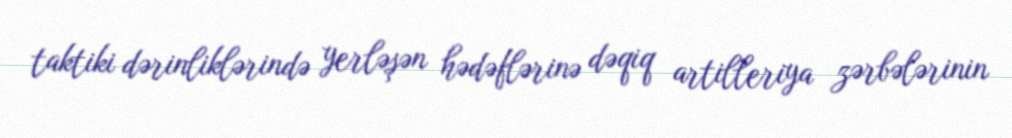
taktiki dərinliklərində yerləşən hədəflərinə dəqiq artilleriya zərbələrinin